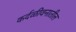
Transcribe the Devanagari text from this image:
कर्दळीवनातील